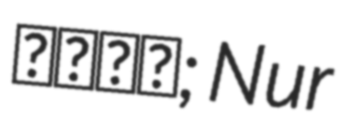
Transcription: مهنا; Nur